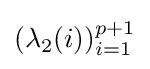
(\lambda _{2}(i))_{i=1}^{p+1}